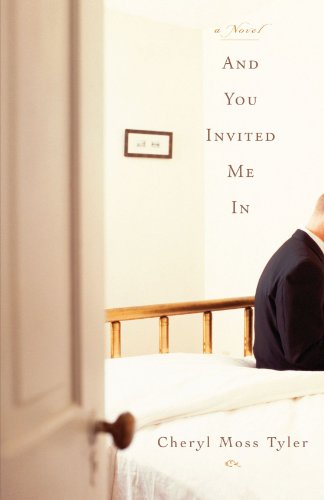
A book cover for And You Invited Me In: A Novel; Cheryl Moss Tyler; Teen & Young Adult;